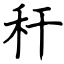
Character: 秆